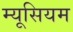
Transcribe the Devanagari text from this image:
म्यूसियम